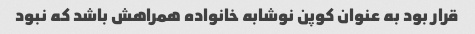
قرار بود به عنوان کوپن نوشابه خانواده همراهش باشد که نبود